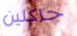
جاكلين